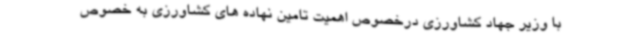
با وزیر جهاد کشاورزی درخصوص اهمیت تامین نهاده های کشاورزی به خصوص